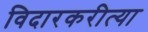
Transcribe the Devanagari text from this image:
विदारकरीत्या